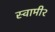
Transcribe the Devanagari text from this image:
स्वामी२